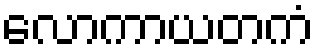
လောကာယတကံ